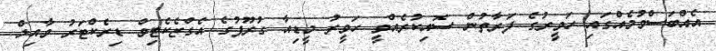
އެއްބަސްވުމެއްގައި ހަވީރުގެ ފަރާތުން ސޮއިކުރެއްވީ ހަވީރު މީޑިއާ ގުރޫޕުގެ އެގްޒެކެޓިވް ޑިރެކްޓަރު ވާއިލް